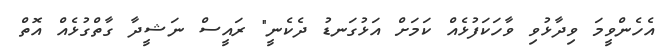
އެހެންވީމަ ވިދާޅުވި ވާހަކަފުޅެއް ކަމަށް އަޅުގަނޑު ދެކެނީ" ރައީސް ނަޝީދާ ގާތްގުޅެއް އޮތް